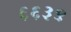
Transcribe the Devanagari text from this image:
६६३९